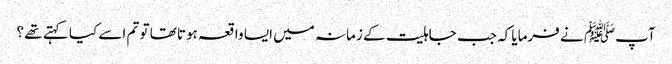
آپﷺ نے فرمایا کہ جب جاہلیت کے زمانہ میں ایسا واقعہ ہوتا تھا تو تم اسے کیا کہتے تھے ؟